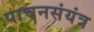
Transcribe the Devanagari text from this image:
पाचनसंयंत्र